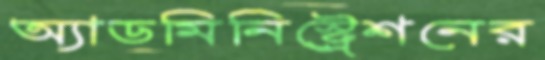
অ্যাডমিনিস্ট্রেশনের